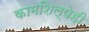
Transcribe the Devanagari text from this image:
कामशिल्पेही